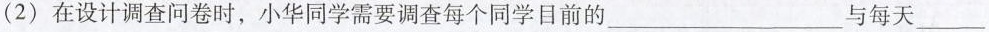
( 2 ) 在设计调查问卷时，小华同学需要调查每个同学目前的____与每天___